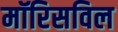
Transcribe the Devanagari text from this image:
मॉरिसविल